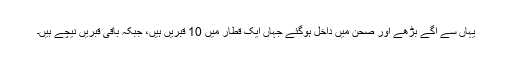
یہاں سے آگے بڑھے اور صحن میں داخل ہوگئے جہاں ایک قطار میں 10 قبریں ہیں، جبکہ باقی قبریں نیچے ہیں۔